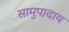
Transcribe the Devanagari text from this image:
सामुपादाय